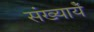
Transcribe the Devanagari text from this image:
संख्यायेँ